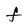
Character: F